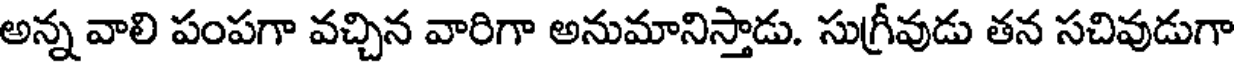
అన్న వాలి పంపగా వచ్చిన వారిగా అనుమానిస్తాడు. సుగ్రీవుడు తన సచివుడుగా